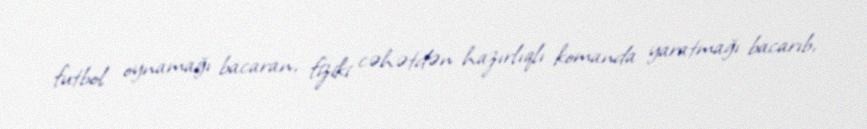
futbol oynamağı bacaran, fiziki cəhətdən hazırlıqlı komanda yaratmağı bacarıb,